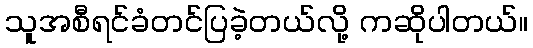
သူအစီရင်ခံတင်ပြခဲ့တယ်လို့ ကဆိုပါတယ်။